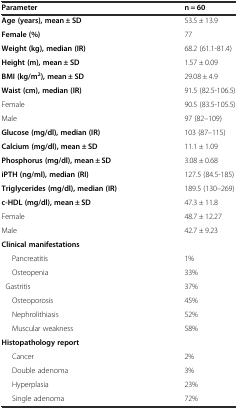
| Parameter | n = 60 |
 | --- | --- |
 | Age (years), mean ± SD | 53.5 ± 13.9 |
 | Female (%) | 77 |
 | Weight (kg), median (IR) | 68.2 (61.1-81.4) |
 | Height (m), mean ± SD | 1.57 ± 0.09 |
 | BMI (kg/m2), mean ± SD | 29.08 ± 4.9 |
 | Waist (cm), median (IR) | 91.5 (82.5-106.5) |
 | Female | 90.5 (83.5-105.5) |
 | Male | 97 (82–109) |
 | Glucose (mg/dl), median (IR) | 103 (87–115) |
 | Calcium (mg/dl), mean ± SD | 11.1 ± 1.09 |
 | Phosphorus (mg/dl), mean ± SD | 3.08 ± 0.68 |
 | iPTH (ng/ml), median (RI) | 127.5 (84.5-185) |
 | Triglycerides (mg/dl), median (IR) | 189.5 (130–269) |
 | c-HDL (mg/dl), mean ± SD | 47.3 ± 11.8 |
 | Female | 48.7 ± 12.27 |
 | Male | 42.7 ± 9.23 |
 | Clinical manifestations |  |
 | Pancreatitis | 1% |
 | Osteopenia | 33% |
 | Gastritis | 37% |
 | Osteoporosis | 45% |
 | Nephrolithiasis | 52% |
 | Muscular weakness | 58% |
 | Histopathology report |  |
 | Cancer | 2% |
 | Double adenoma | 3% |
 | Hyperplasia | 23% |
 | Single adenoma | 72% |